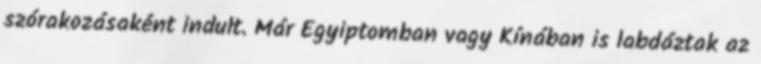
szórakozásaként indult. Már Egyiptomban vagy Kínában is labdáztak az